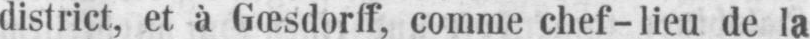
district, et à Gœsdorff, comme chef-lieu de la